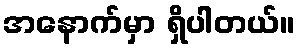
အနောက်မှာ ရှိပါတယ်။